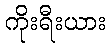
ကိုးရီးယား